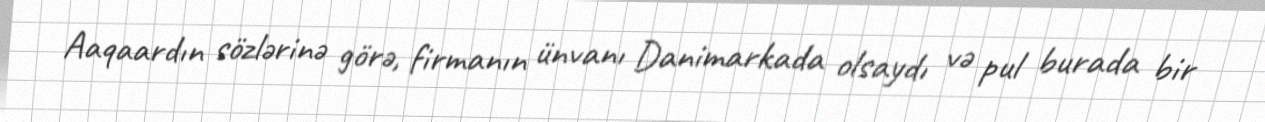
Aaqaardın sözlərinə görə, firmanın ünvanı Danimarkada olsaydı və pul burada bir